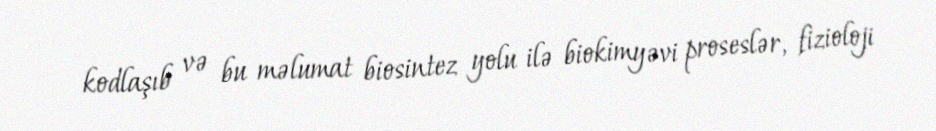
kodlaşıb və bu məlumat biosintez yolu ilə biokimyəvi proseslər, fizioloji